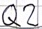
Text: Q2